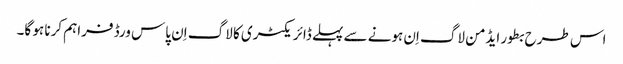
اس طرح بطور ایڈمن لاگ اِن ہونے سے پہلے ڈائریکٹری کا لاگ اِن پاس ورڈ فراہم کرنا ہو گا۔